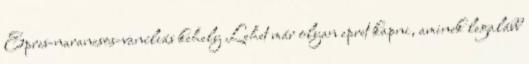
Epres-narancsos-vaníliás kehely Lehet már olyan epret kapni, aminek legalább